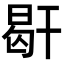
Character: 𢆜